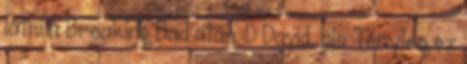
látni a Breaking Bad után.:D David, pls Tényleg ez